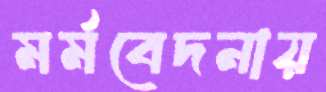
মর্মবেদনায়